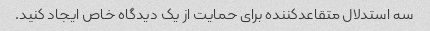
سه استدلال متقاعدکننده برای حمایت از یک دیدگاه خاص ایجاد کنید.